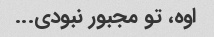
اوه، تو مجبور نبودی...